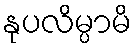
နုပလိမ္ပာမိ